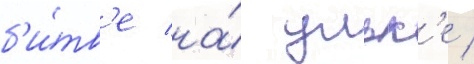
б'и́тв'е на́ ульк'е /